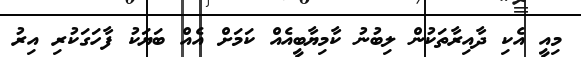
މިއީ އެކި ދާއިރާތަކުން ލިބުނު ކާމިޔާބީއެއް ކަމަށް އެއް ބަޔަކު ފާހަގަކުރި އިރު